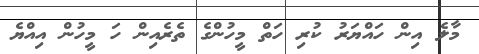
މާލެ އިން ހައްޔަރު ކުރި ހަތް މީހުންގެ ތެރެއިން ހަ މީހުން އިއްޔެ